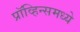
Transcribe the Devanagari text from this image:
प्रॉव्हिन्समध्ये